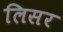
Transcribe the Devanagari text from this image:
लिसर